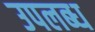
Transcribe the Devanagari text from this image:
उपलब्‍ध्‍ा